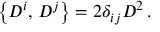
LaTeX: \left\{ D ^ { i } , \, D ^ { j } \right\} = 2 \delta _ { i j } D ^ { 2 } \, .